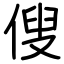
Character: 傁